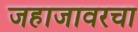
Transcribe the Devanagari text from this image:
जहाजावरचा